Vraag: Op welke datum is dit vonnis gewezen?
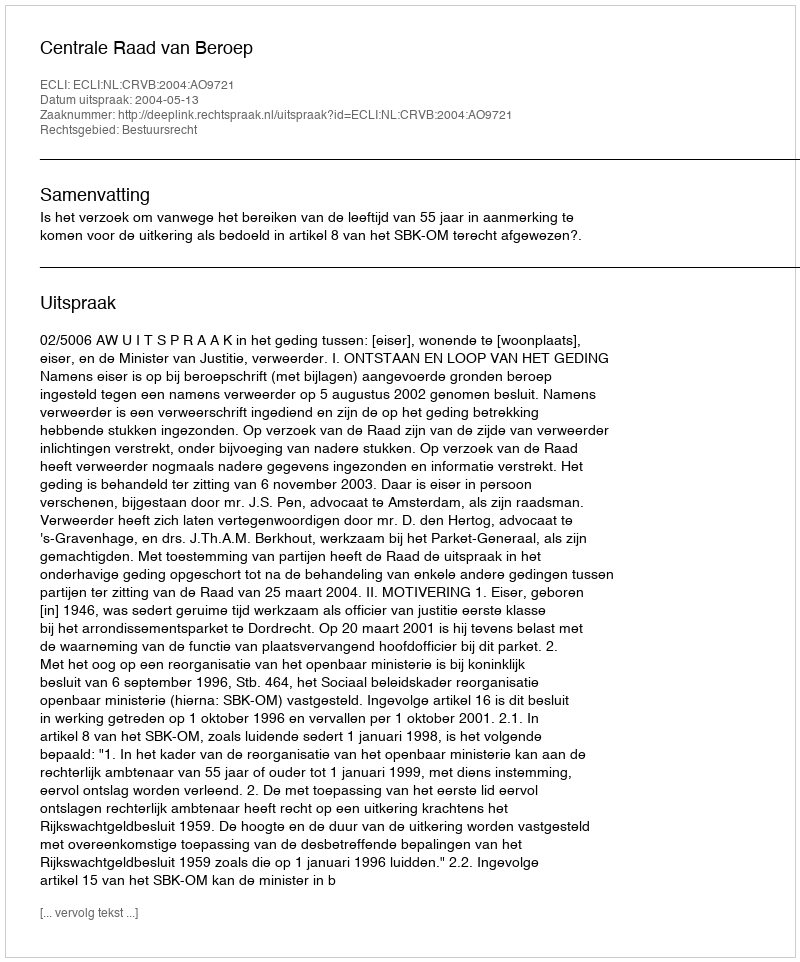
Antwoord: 2004-05-13